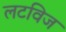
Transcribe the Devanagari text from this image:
लटविज